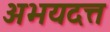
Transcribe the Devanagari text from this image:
अभयदत्त